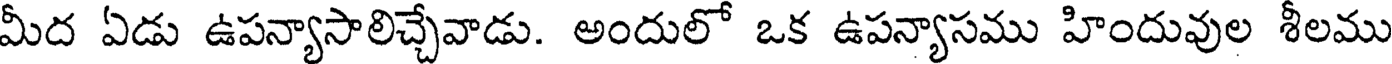
మీద ఏడు ఉపన్యాసాలిచ్చేవాడు. అందులో ఒక ఉపన్యాసము హిందువుల శీలము